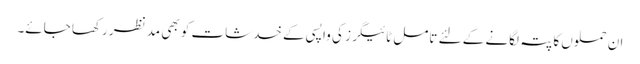
ان حملوں کا پتہ لگانے کے لئے تامل ٹائیگرز کی واپسی کے خدشات کو بھی مد نظر رکھا جائے۔